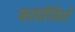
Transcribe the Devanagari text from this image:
फांसीसियों